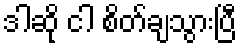
ဒါဆို ငါ စိတ်ချသွားပြီ